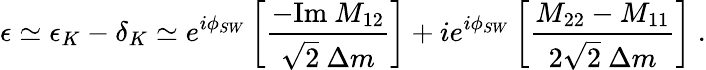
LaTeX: \epsilon\simeq\epsilon_{K}-\delta_{K}\simeq e^{i\phi_{SW}}\left[\frac{-\mathrm{Im}~M_{12}}{\sqrt{2}~\Delta m}\right]+ie^{i\phi_{SW}}\left[\frac{M_{22}-M_{11}}{2\sqrt{2}~\Delta m}\right]~.